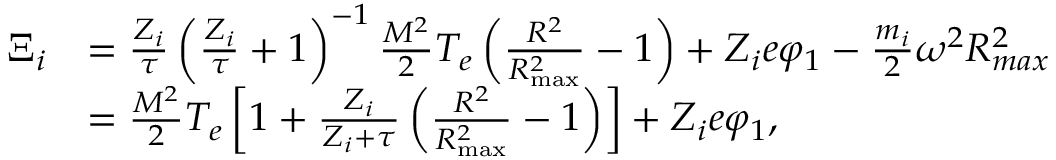
\begin{array} { r l } { \Xi _ { i } } & { = \frac { Z _ { i } } { \tau } \left( \frac { Z _ { i } } { \tau } + 1 \right) ^ { - 1 } \frac { M ^ { 2 } } { 2 } T _ { e } \left( \frac { R ^ { 2 } } { R _ { \mathrm { m a x } } ^ { 2 } } - 1 \right) + Z _ { i } e \varphi _ { 1 } - \frac { m _ { i } } { 2 } \omega ^ { 2 } R _ { m a x } ^ { 2 } } \\ & { = \frac { M ^ { 2 } } { 2 } T _ { e } \left[ 1 + \frac { Z _ { i } } { Z _ { i } + \tau } \left( \frac { R ^ { 2 } } { R _ { \mathrm { m a x } } ^ { 2 } } - 1 \right) \right] + Z _ { i } e \varphi _ { 1 } , } \end{array}